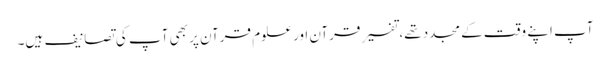
آپ اپنے وقت کے مجدد تھے، تفسیرِ قرآن اور علوم قرآن پر بھی آپ کی تصانیف ہیں۔